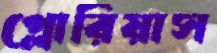
গ্লোরিয়াস